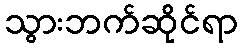
သွားဘက်ဆိုင်ရာ